Calcutta medical institutions reports 1879-81 [i.e.91]
Year: 1879
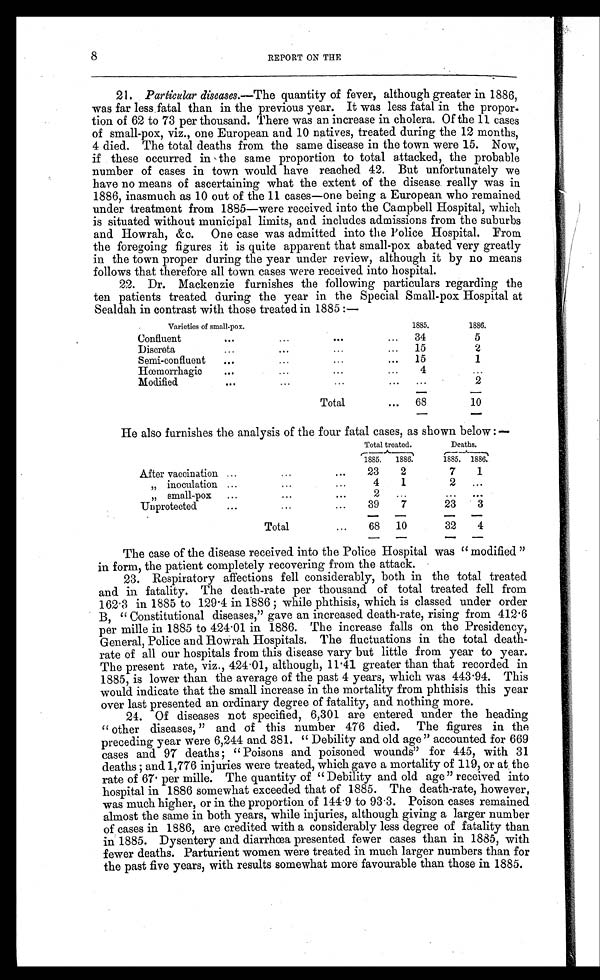
8
REPORT ON THE
21. Particular diseases.— The quantity of fever, although greater in 1886,
was far less fatal than in the previous year. It was less fatal in the propor-
t ion of 62 to 73 per thousand. There was an increase in cholera. Of the 11 cases
of small-pox, viz., one European and 10 natives, treated during the 12 months,
4 died. The total deaths from the same disease in the town were 15. Now,
if these occurred in the same proportion to total attacked, the probable
number of cases in town would have reached 42. But unfortunately we
have no means of ascertaining what the extent of the disease really was in
1886, inasmuch as 10 out of the 11 cases—one being a European who remained.
under treatment from 1885—were received into the Campbell Hospital, which
is situated without municipal limits, and includes admissions from the suburbs
and Howrah, &c. One case was admitted into the Police Hospital. From
the foregoing figures it is quite apparent that small-pox abated very greatly
in the town proper during the year under review, although it by no means
follows that therefore all town cases were received into hospital.
22. Dr. Mackenzie furnishes the following particulars regarding the
ten patients treated during the year in the Special Small-pox Hospital at
Sealdah in contrast with those treated in 1885 :—
Varieties of small-pox.
1885.
1886.
Confluent
...
...
...
...
34
5
Discreta... ...
15
2
Semi-confluent
...
...
..
15
1
Hœmorrhagic ... ... ...
4
...
Modified
...
. . .
2
Total
...
68
1 0
He also furnishes the analysis of the four fatal cases, as shown below :—
Total treated.
Deaths.
1885. 1 8 8 6 .
1 8 8 5 . 1886.
After vaccination ...
...
. . .
2 3 2
7
1
„ inoculation ...
...
...
4
1
2
...
„ small-pox
...
...
. . .
2
...
. . .
. . .
Unprotected
...
...
...
39
7
23
3
Total
...
68
10
32
4
The case of the disease received into the Police Hospital was "modified"
in form, the patient completely recovering from the attack.
23. Respiratory affections fell considerably, both in the total treated
and in fatality. The death-rate per thousand of total treated fell from
162.3 in 1885 to 129.4 in 1886 ; while phthisis, which is classed under order
B, "Constitutional diseases," gave an increased death-rate, rising from 412.6
per mille in 1885 to 424.01 in 1886. The increase falls on the Presidency,
General, Police and Howrah Hospitals. The fluctuations in the total death-
rate of all our hospitals from this disease vary but little from year to year.
The present rate, viz., 424 . 01, although, 11.41 greater than that recorded in
1885, is lower than the average of the past 4 years, which was 443.94. This
would indicate that the small increase in the mortality from phthisis this year
over last presented an ordinary degree of fatality, and nothing more.
24. Of diseases not specified, 6,301 are entered under the heading
"other diseases," and of this number 476 died. The figures in the
preceding year were 6,244 and 381. "Debility and old age" accounted for 669
cases and 97 deaths ; "Poisons and poisoned wounds" for 445, with 31
deaths ; and 1,776 injuries were treated, which gave a mortality of 119, or at the
rate of 67. per mille. The quantity of "Debility and old age" received into
hospital in 1886 somewhat exceeded that of 1885. The death-rate, however,
was much higher, or in the proportion of 144.9 to 93.3. Poison cases remained
almost the same in both years, while injuries, although giving a larger number
of cases in 1886, are credited with a considerably less degree of fatality than
in 1885. Dysentery and diarrhœa presented fewer cases than in 1885, with
fewer deaths. Parturient women were treated in much larger numbers than for
the past five years, with results somewhat more favourable than those in 1885.